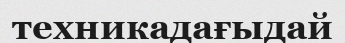
техникадағыдай